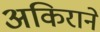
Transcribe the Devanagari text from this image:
अकिराने